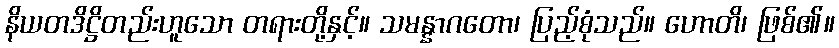
နိယတဒိဋ္ဌိတည်းဟူသော တရားတို့နှင့်။ သမန္နာဂတော၊ ပြည့်စုံသည်။ ဟောတိ၊ ဖြစ်၏။